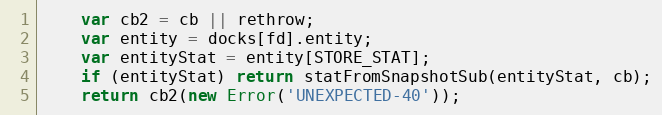
Language: JavaScript
    var cb2 = cb || rethrow;
    var entity = docks[fd].entity;
    var entityStat = entity[STORE_STAT];
    if (entityStat) return statFromSnapshotSub(entityStat, cb);
    return cb2(new Error('UNEXPECTED-40'));